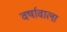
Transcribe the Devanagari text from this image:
वर्षावाला